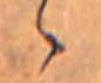
ゝ